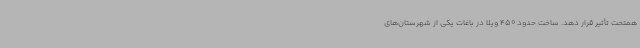
همتحت تأثیر قرار دهد. ساخت حدود 450 ویلا در باغات یکی از شهرستان‌های